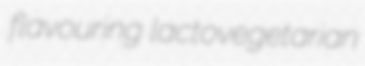
flavouring lactovegetarian